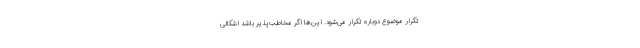
تکرار موضوع دوباره تکرار می‌شود. این‌ها اگر مخاطب‌پذیر باشد اشکالی